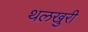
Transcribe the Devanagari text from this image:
थलखुरी